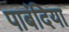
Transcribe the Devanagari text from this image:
पाबंदिया